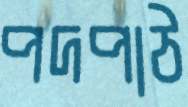
পদপাঠ